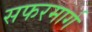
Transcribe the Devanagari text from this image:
सफरमार्ग